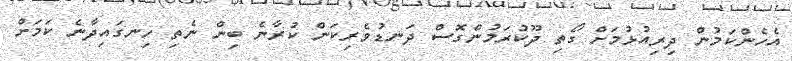
އެހެންކަމުން ދިރިއުޅުމަށް ގޯތި ދޫކުރަމުންގޮސް ދަނޑުވެރިކަން ކުރާނެ ބިން ނެތި ހިނގައިދާނެ ކަމަށް